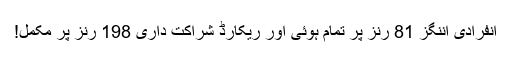
انفرادی اننگز 81 رنز پر تمام ہوئی اور ریکارڈ شراکت داری 198 رنز پر مکمل!